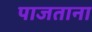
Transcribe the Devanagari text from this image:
पाजताना